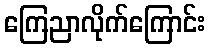
ကြေညာလိုက်ကြောင်း